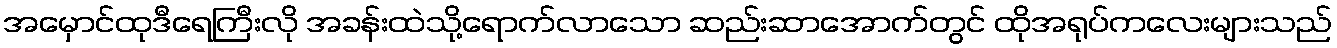
အမှောင်ထုဒီရေကြီးလို အခန်းထဲသို့ရောက်လာသော ဆည်းဆာအောက်တွင် ထိုအရုပ်ကလေးများသည်